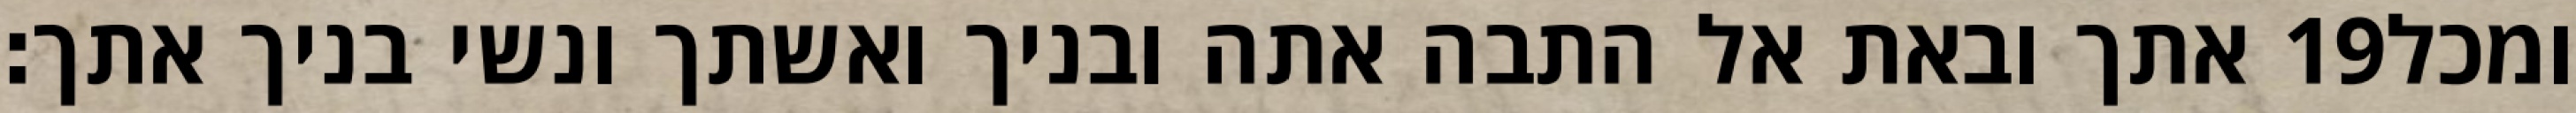
אתך ובאת אל התבה אתה ובניך ואשתך ונשי בניך אתך׃ ‎19‏ ומכל